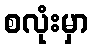
စလုံးမှာ